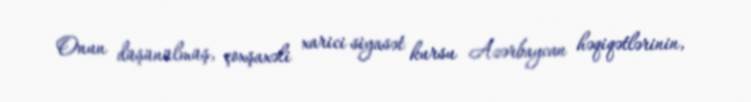
Onun düşünülmüş, çoxşaxəli xarici siyasət kursu Azərbaycan həqiqətlərinin,